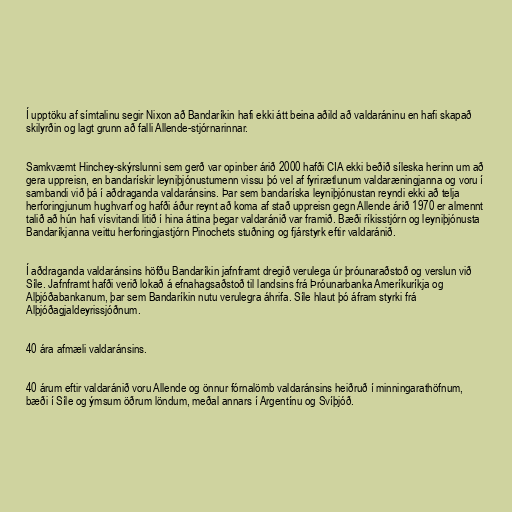
Í upptöku af símtalinu segir Nixon að Bandaríkin hafi ekki átt beina aðild að valdaráninu en hafi skapað
skilyrðin og lagt grunn að falli Allende-stjórnarinnar.

Samkvæmt Hinchey-skýrslunni sem gerð var opinber árið 2000 hafði CIA ekki beðið síleska herinn um að
gera uppreisn, en bandarískir leyniþjónustumenn vissu þó vel af fyrirætlunum valdaræningjanna og voru í
sambandi við þá í aðdraganda valdaránsins. Þar sem bandaríska leyniþjónustan reyndi ekki að telja
herforingjunum hughvarf og hafði áður reynt að koma af stað uppreisn gegn Allende árið 1970 er almennt
talið að hún hafi vísvitandi litið í hina áttina þegar valdaránið var framið. Bæði ríkisstjórn og leyniþjónusta
Bandaríkjanna veittu herforingjastjórn Pinochets stuðning og fjárstyrk eftir valdaránið.

Í aðdraganda valdaránsins höfðu Bandaríkin jafnframt dregið verulega úr þróunaraðstoð og verslun við
Síle. Jafnframt hafði verið lokað á efnahagsaðstoð til landsins frá Þróunarbanka Ameríkuríkja og
Alþjóðabankanum, þar sem Bandaríkin nutu verulegra áhrifa. Síle hlaut þó áfram styrki frá
Alþjóðagjaldeyrissjóðnum.

40 ára afmæli valdaránsins.

40 árum eftir valdaránið voru Allende og önnur fórnalömb valdaránsins heiðruð í minningarathöfnum,
bæði í Síle og ýmsum öðrum löndum, meðal annars í Argentínu og Svíþjóð.